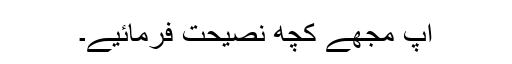
آپ مجھے کچھ نصیحت فرمائیے۔